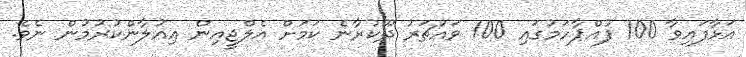
އަޅާފައިވާ 100 ފުއްޕާހަމުގައި 100 ވައުޗަރު ދޫކުރާނެ ކަމަށް އެލްޖީއިން އިއުލާންކުރުމުން ނެވެ.